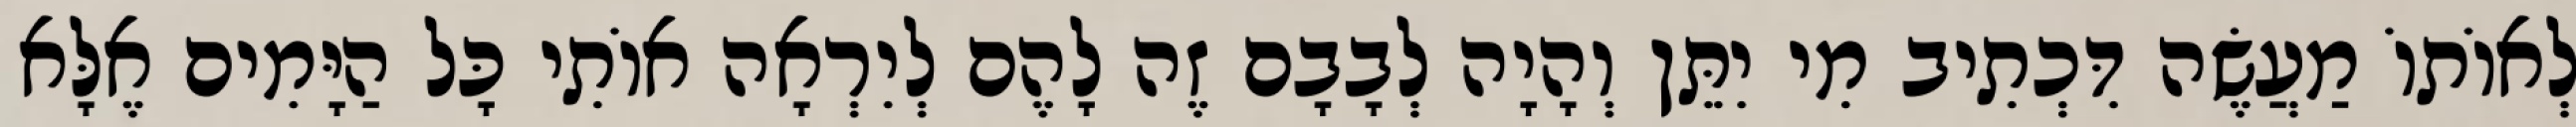
לְאוֹתוֹ מַעֲשֶׂה דִּכְתִיב מִי יִתֵּן וְהָיָה לְבָבָם זֶה לָהֶם לְיִרְאָה אוֹתִי כָּל הַיָּמִים אֶלָּא